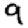
Digit: 9